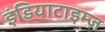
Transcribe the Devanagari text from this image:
इंडियाटाइम्‍ज़